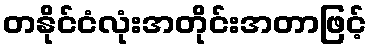
တနိုင်ငံလုံးအတိုင်းအတာဖြင့်